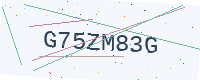
Text: G75ZM83G